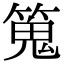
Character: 䈭